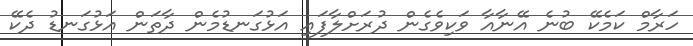
ހަރާމް ކަމެކޭ ބުނެ އޭނާއާ ވަކިވެގެން ދުރަށްލާފައި އަޅުގަނޑުމެން ދާތަން އަޅުގަނޑު ދެކޭ